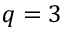
q = 3